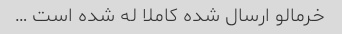
خرمالو ارسال شده کاملا له شده است …